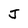
Character: J